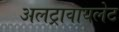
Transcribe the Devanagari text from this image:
अलट्रावायलेट